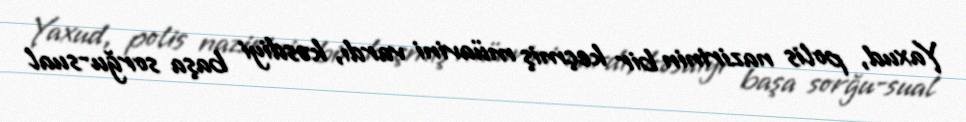
Yaxud, polis nazirinin bir keçmiş müavini vardı, kəsdiyi başa sorğu-sual